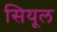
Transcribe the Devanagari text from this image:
सियूल